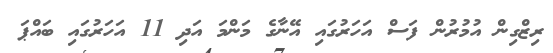
ރިޒްގިން އުމުރުން ފަސް އަހަރުގައި އޭނާގެ މަންމަ އަދި 11 އަހަރުގައި ބައްޕަ